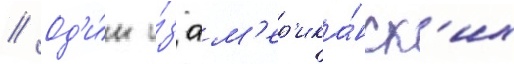
// Од'и́н и́з ам'ер'ика́нск'их